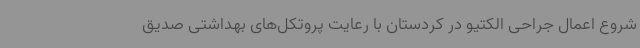
شروع اعمال جراحی الکتیو در کردستان با رعایت پروتکل‌های بهداشتی صدیق